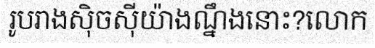
រូបរាងស៊ិចស៊ីយ៉ាងណ្នឹងនោះ?លោក